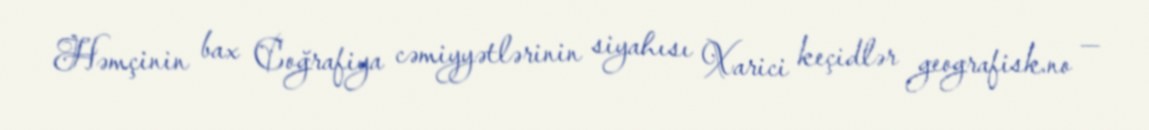
Həmçinin bax Coğrafiya cəmiyyətlərinin siyahısı Xarici keçidlər geografisk.no —